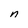
Character: n